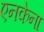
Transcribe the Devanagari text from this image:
एनकेना